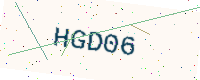
Text: HGD06